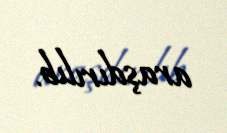
araşdırılıb.